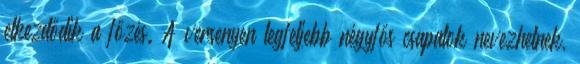
elkezdődik a főzés. A versenyen legfeljebb négyfős csapatok nevezhetnek,